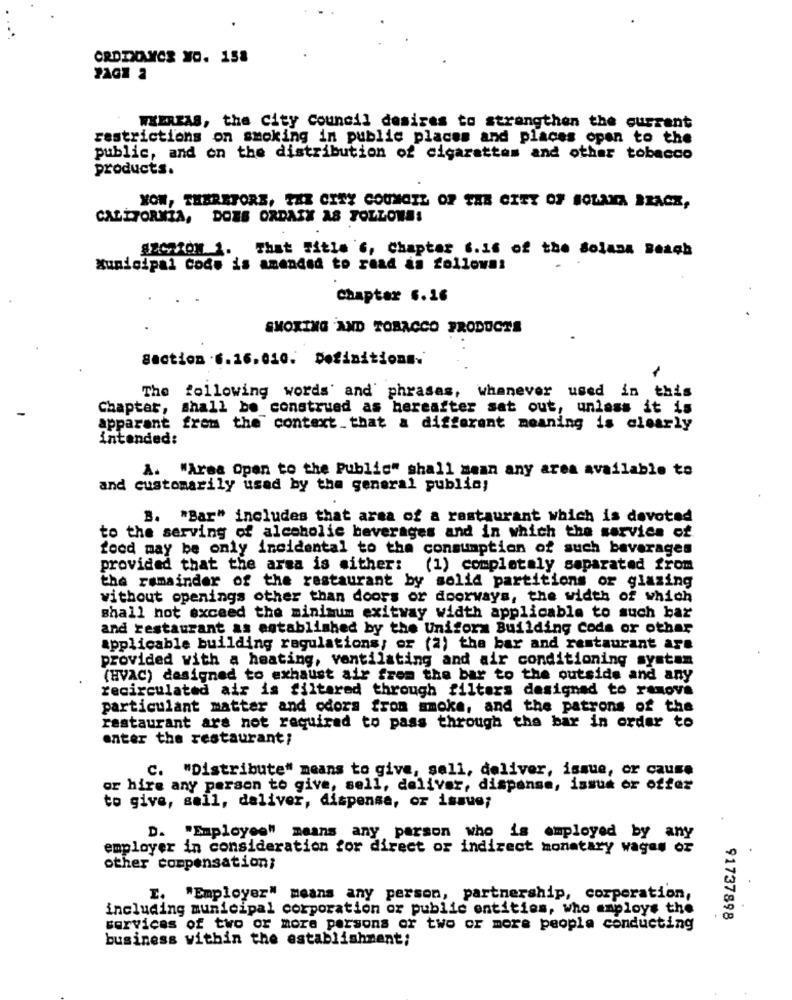
CROIXAVCR YO. 158
WHEREAS, the City Council desires to strengthen the current
restrictions on smoking in public places and places open to the
public, and on the distribution of cigarettes and other tobacco
products.
NOW, THEREFORE, TAZ CITY COUNCIL OF THE CITY OF SOLANA BRACK,
CALIFORNIA, DOES ORDASK AS FOLLOWS:
SECTION 1. That Title ", Chapter 6.16 of the Solana Beach
Municipal code is amended to read as follows:
Chapter 6.16
SMOKING AND TOBACCO PRODUCTS
Section .6.16.010. Definitions.
The following words' and phrases, whenever used in this
Chapter, shall be construed as hereafter sat out, unless it is
apparant frem the context that a different meaning is clearly
intended:
A. "Area Open to the Public" shall mean any area available to
and customarily used by the general public;
B. "Bar" includes that area of a restaurant which is devoted
to the serving of alcoholic beverages and in which the service of
food may be only incidental to the consumption of such beverages
provided that the area is mither:
(1) completely separated from
the remainder of the restaurant by solid partitions or glazing
without openings other than doors or doorways, the width of which
shall not exceed the minimum exitway width applicable to such bar
and restaurant as established by the Uniform Building code or othar
applicable building regulations; or (2) the bar and restaurant are
provided with a heating, ventilating and air conditioning system
(HVAC) designed to exhaust air frem the bar to the outside and any
recirculated air is filtered through filters designed to remove
particulant matter and odors from smoke, and the patrons of the
restaurant ars not required to pass through the bar in order to
enter the restaurant;
C. "Distribute" means to give, sell, deliver, issue, or cause
or hire any person to give, sell, deliver, dispense, issue or offer
to give, sall, deliver, dispensa, or issue;
D. "Employee" means any person who is employed by any
employer in consideration for direct or indirect monetary wages or
other compensation;
I. "Employer" means any person, partnership, corporation,
including municipal corporation or public entities, who employs the
91737898
services of two or more persons or two or more people conducting
business within the establishment;